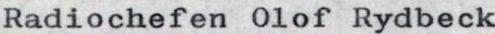
Radiochefen Olof Rydbeck